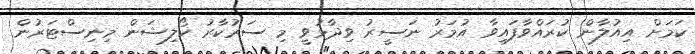
ކަމަށް އިއުލާން ކުރައްވާފައިވާ އުމަރު ނަސީރު ވިދާޅުވީ މި ސަރުކާރު ކޯލިޝަން މިނިސްޓަރުން